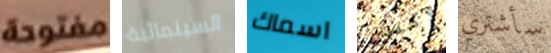
مفتوحة السينمائية اسماك لإكمال سأشتري